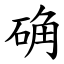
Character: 确